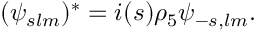
( \psi _ { s l m } ) ^ { * } = i ( s ) \rho _ { 5 } \psi _ { - s , l m } .